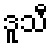
ဒူသီ